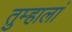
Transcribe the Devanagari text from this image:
तुम्हालां